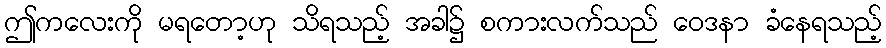
ဤကလေးကို မရတော့ဟု သိရသည့် အခါ၌ စကားလက်သည် ဝေဒနာ ခံနေရသည့်